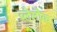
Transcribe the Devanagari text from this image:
ब्लेलौक